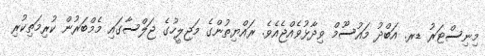
މިނިސްޓަރު ޑރ. އަބްދު މައުސޫމް ވިދާޅުވެއްޖެއެވެ. ރައްޔިތުންގެ މަޖިލީހުގެ ޖަލްސާގައި މެމްބަރުން ކުރިމަތިކުރި